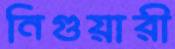
নিগুয়ারী